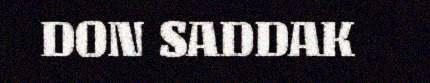
DON SADDAK